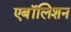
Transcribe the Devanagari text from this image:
एबॉलिशन